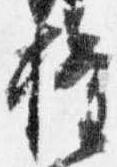
権